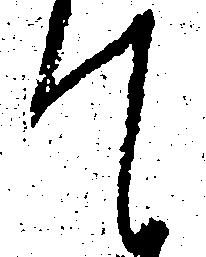
て